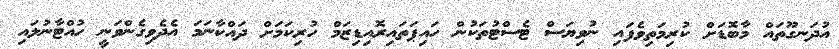
އުދަނގޫތައް މާބޮޑަށް ކުރިމަތިވެފައި ނުވިޔަސް ޓެސްޓުތަކުން ހައިޕަތައިރޮއިޑިޒަމް ހުރިކަމަށް ދައްކާނަމަ އެދެވިގެންވަނީ ހުއްޓާނުލައި